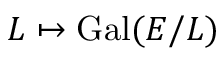
L \mapsto { \mathrm { G a l } } ( E / L )